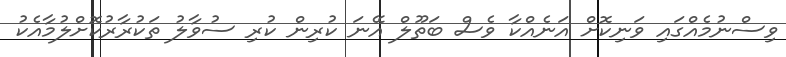
ވިސްނުމެއްގައި ވަނިކޮށް އަނެއްކާ ވެސް ބަތޫލް އޭނަ ކުރިން ކުރި ސުވާލު ތަކުރާރުކޮށްލުމާއެކު